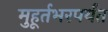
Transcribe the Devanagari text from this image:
मुहूर्तभरपर्यंत